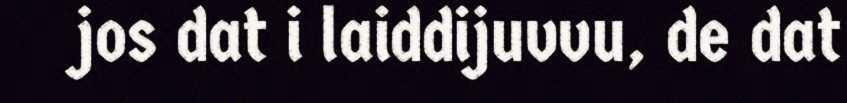
jos dat i laiddijuvvu, de dat